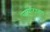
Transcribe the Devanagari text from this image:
बायोटाइप